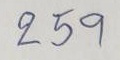
259